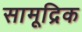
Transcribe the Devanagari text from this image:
सामूद्रिक